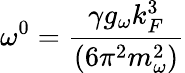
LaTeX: \omega^{0}=\frac{\gamma g_{\omega}k_{F}^{3}}{(6\pi^{2}m_{\omega}^{2})}